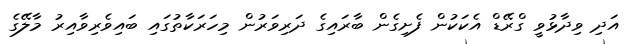
އަދި ވިދާޅުވީ ގްރޭޑް އެކަކުން ފެށިގެން ބާރައިގެ ދަރިވަރުން މިހަރަކާތުގައި ބައިވެރިވާއިރު މާލޭގެ